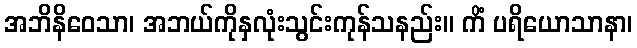
အဘိနိဝေသာ၊ အဘယ်ကိုနှလုံးသွင်းကုန်သနည်း။ ကိံ ပရိယောသာနာ၊